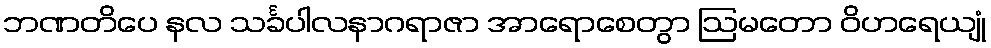
ဘဏတိပေ နလ သင်္ခပါလနာဂရာဇာ အာရောစေတွာ ဩမတော ဝိဟရေယျုံ